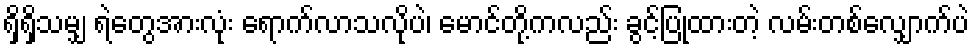
ရှိရှိသမျှ ရဲတွေအားလုံး ရောက်လာသလိုပဲ၊ မောင်တို့ကလည်း ခွင့်ပြုထားတဲ့ လမ်းတစ်လျှောက်ပဲ